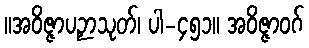
။အဝိဇ္ဇာပဉှာသုတ်၊ ပါ-၄၅၁။ အဝိဇ္ဇာဝဂ်